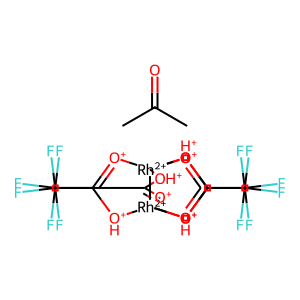
SMILES: CC(C)=O.FC(F)(F)C1=[O+][Rh+2]234[O+]=C(C(F)(F)F)[OH+][Rh+2]2([O+]=C(C(F)(F)F)[OH+]3)([O+]=C(C(F)(F)F)[OH+]4)[OH+]1
Inhibits HIV replication: No